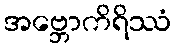
အဗ္ဘောကိရိဿံ